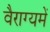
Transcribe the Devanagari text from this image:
वैराग्यमें